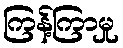
ကြန့်ကြာမှု